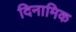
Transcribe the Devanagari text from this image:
दिनामिक